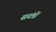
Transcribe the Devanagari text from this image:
सयंत्रों